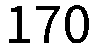
170